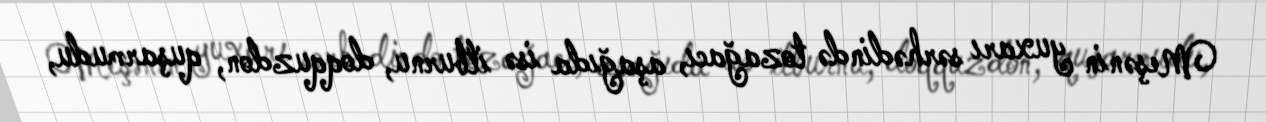
Meşənin yuxarı sərhədində tozağacı, aşağıda isə itburnu, doqquzdon, quşarmudu,